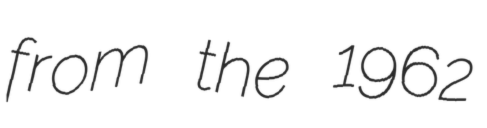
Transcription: from the 1962